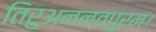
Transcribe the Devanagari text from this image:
तिरुअनन्तपुरम।